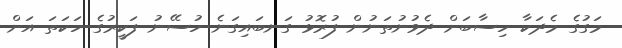
މަގުގެ މެދަކާ ހިސާބަށް ދެވުނުތަނުން ފުރޮޅު ގަނބައިގަނެ ހުސޭނު ފަކީރުގެ ހަކަތަ އަށް